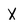
Character: X